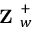
\textbf { Z } _ { w } ^ { + }